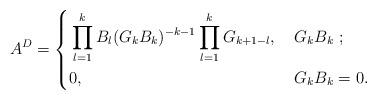
LaTeX: \begin{align*} A^{D}=\left\{\begin{aligned}&\prod^{k}_{l=1}B_{l}(G_{k}B_{k})^{-k-1}\prod^{k}_{l=1}G_{k+1-l}, &&{}~G_{k}B_{k}~;\\&0, &&{}~G_{k}B_{k}=0.\end{aligned}\right.\end{align*}